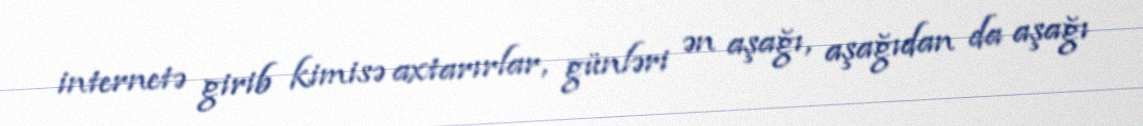
internetə girib kimisə axtarırlar, günləri ən aşağı, aşağıdan da aşağı